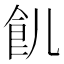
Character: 䶿